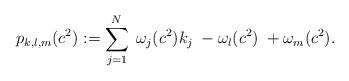
LaTeX: \begin{align*}p_{k,l,m}(c^2) &:= \sum_{j=1}^N \; \omega_j(c^2) k_j \; - \omega_l(c^2) \; + \omega_m(c^2).\end{align*}